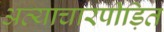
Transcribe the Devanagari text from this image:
अत्याचारपीड़ित